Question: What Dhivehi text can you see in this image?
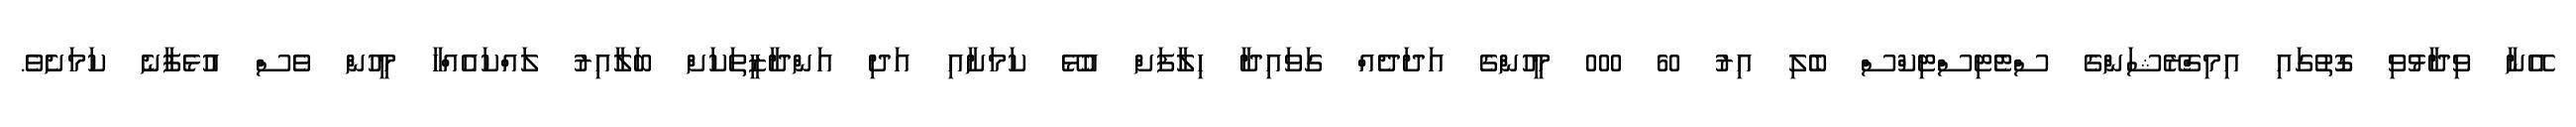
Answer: އޭނާ ވިދާޅުވި ގޮތުގައި އިމިގްރޭޝަންގެ ސްޓެޓިސްޓިކްސް ބެލި އިރު 60 000 މީހުންގެ އަދަދެއް ގަވައިދާ ހިލާފަށް އުޅޭ ކަމަށާއި އަދި އަންދާޒީތަކަށް ބަލާއިރު ލައްކައެއްހާ މީހުން ވެސް އުޅެފާނެ ކަމަށެވެ.